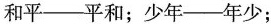
和平--平和；少年--年少；